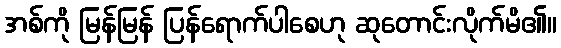
အစ်ကို မြန်မြန် ပြန်ရောက်ပါစေဟု ဆုတောင်းလိုက်မိ၏။